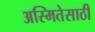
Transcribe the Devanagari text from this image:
अस्मितेसाठी